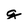
Character: g